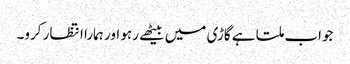
جواب ملتا ہے گاڑی میں بیٹھے رہو اور ہمارا انتظار کرو۔